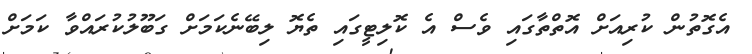
އެގޮތުން ކުރިއަށް އޮތްތާގައި ވެސް އެ ކޮލިޓީގައި ތެޔޮ ލިބޭނެކަމަށް ގަބޫލުކުރައްވާ ކަމަށް